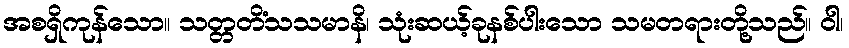
အစရှိကုန်သော။ သတ္တတိံသသမာနိ၊ သုံးဆယ့်ခုနစ်ပါးသော သမတရားတို့သည်။ ဝါ၊